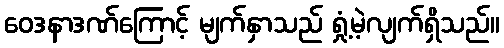
ဝေဒနာဒဏ်ကြောင့် မျက်နှာသည် ရှုံ့မဲ့လျက်ရှိသည်။